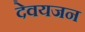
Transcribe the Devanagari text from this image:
देवयजन